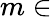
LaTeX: m\in